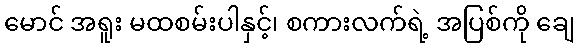
မောင် အရူး မထစမ်းပါနှင့်၊ စကားလက်ရဲ့ အပြစ်ကို ချေ